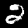
Digit: 2